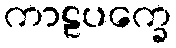
ကာဠပက္ခေ